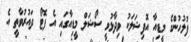
ފުލުހުންގެ މީޑިއާ އޮފިޝަލަކު ވިދާޅުވީ ސޯޝަލް މީޑިއާގައި އެ ފޮޓޯ ދައުރުވާތީ އެ